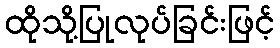
ထိုသို့ပြုလုပ်ခြင်းဖြင့်